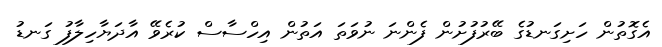
އެގޮތުން ހަށިގަނޑުގެ ބޭރުފުށުން ފެންނަ ނުވަތަ އަތުން އިހްސާސް ކުރެވޭ އާދަޔާހިލާފު ގަނޑު